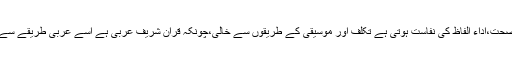
۱؎ اہل عرب کی تلاوت میں صرف آواز کی عمدگی،مخارج کی صحت،اداء الفاظ کی نفاست ہوتی ہے تکلف اور موسیقی کے طریقوں سے خالی،چونکہ قرآن شریف عربی ہے اسے عربی طریقے سے پڑھو،لحن کے معنے ہیں خوش و طرب اور آواز کی لچک و لہر۔